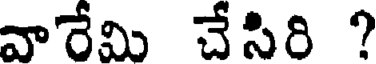
వారేమి చేసిరి ?